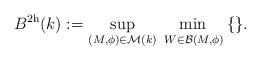
LaTeX: \begin{align*} B^{\mathrm{2h}}(k) := \sup_{(M,\phi)\in \mathcal{M}(k)}\; \mathop{\min\vphantom{p}}\limits_{W\in \mathcal{B}(M,\phi)}\,\{\}. \end{align*}